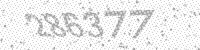
Solution: 286377